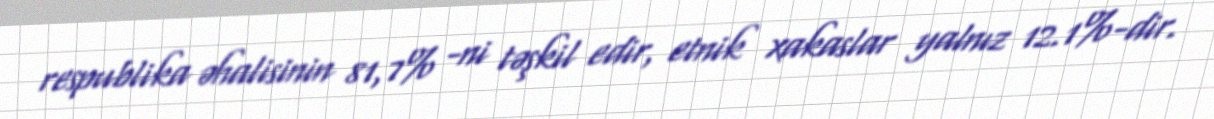
respublika əhalisinin 81,7% -ni təşkil edir, etnik xakaslar yalnız 12.1%-dir.